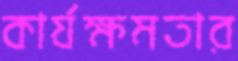
কার্যক্ষমতার